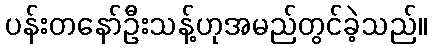
ပန်းတနော်ဦးသန့်ဟုအမည်တွင်ခဲ့သည်။